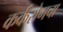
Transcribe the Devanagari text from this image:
कर्करोगचा